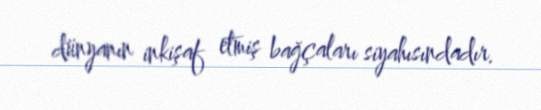
dünyanın inkişaf etmiş bağçaları siyahısındadır.